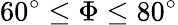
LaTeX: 60^{\circ}\leq\Phi\leq 80^{\circ}